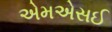
એમએસઈ